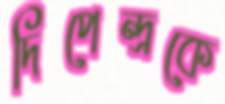
দিপেন্দ্রকে